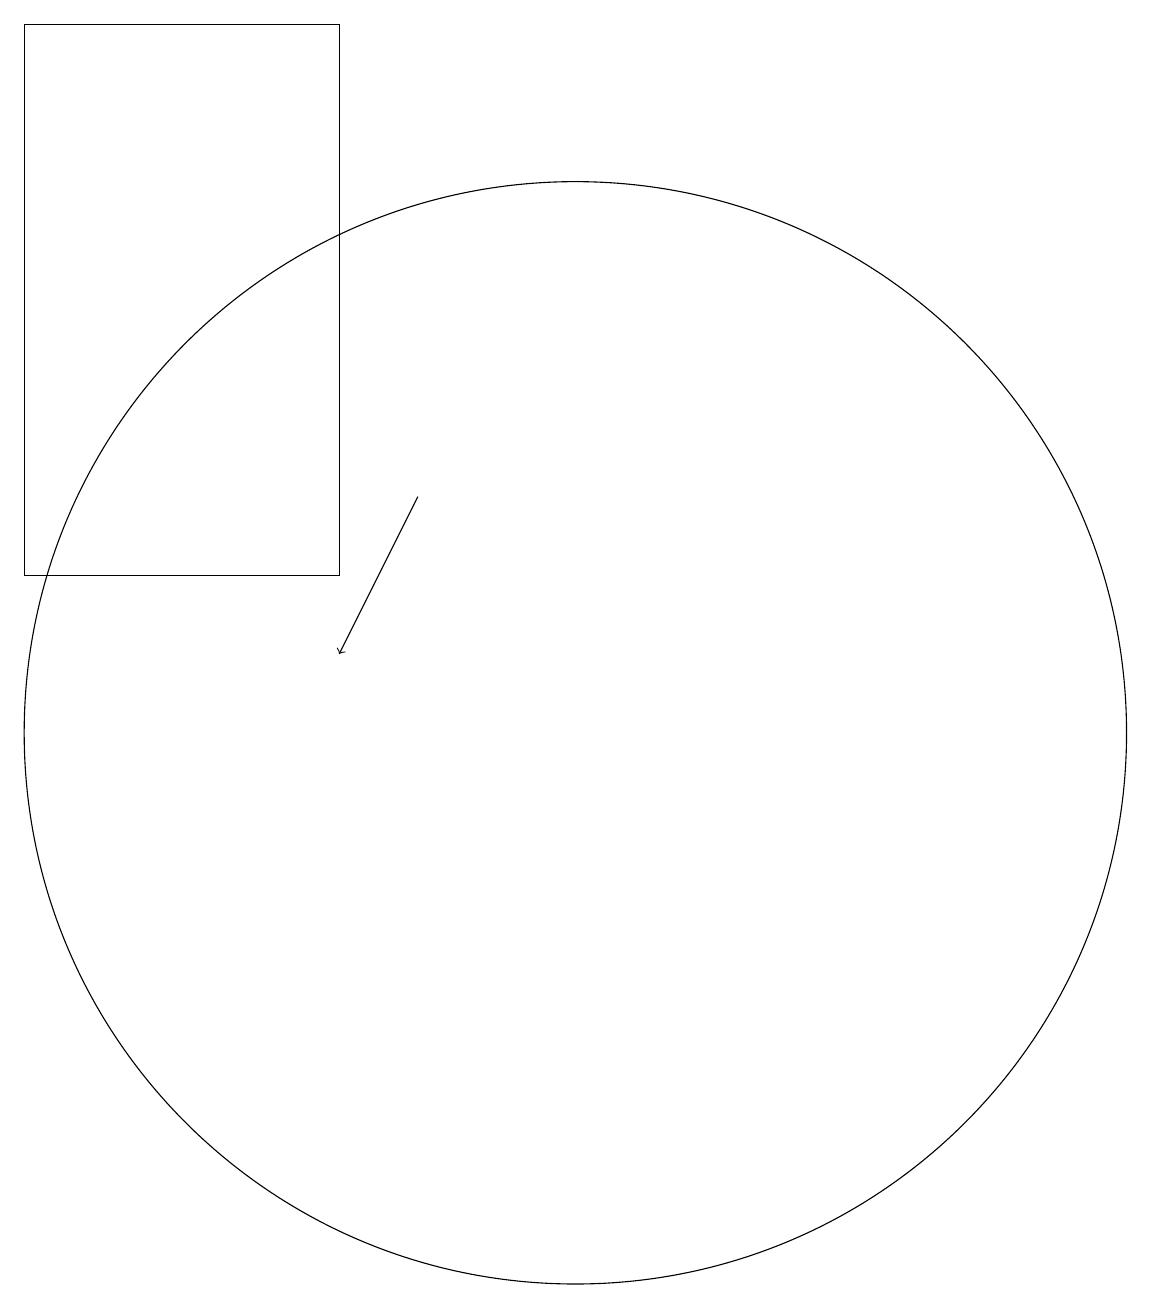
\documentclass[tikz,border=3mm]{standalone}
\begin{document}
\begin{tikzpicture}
\draw (10,10) circle (7);
\draw[->] (8,13) -- (7,11);
\draw (3,19) rectangle (7,12);
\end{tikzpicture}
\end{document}